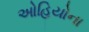
ઓહિયોના